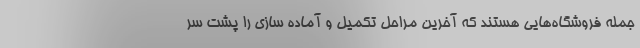
جمله فروشگاه‌هایی هستند که آخرین مراحل تکمیل و آماده سازی را پشت سر